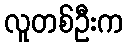
လူတစ်ဦးက